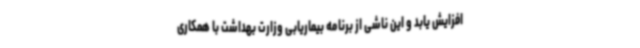
افزایش یابد و این ناشی از برنامه بیماریابی وزارت بهداشت با همکاری